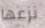
نزعها